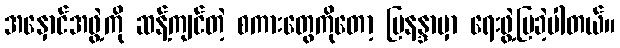
အနှောင်အဖွဲ့ကို ဆန့်ကျင်တဲ့ စကားတွေကိုတော့ မြနန္ဒာမှာ ရေးဖွဲ့ပြခဲ့ပါတယ်။